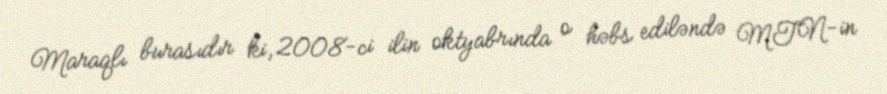
Maraqlı burasıdır ki, 2008-ci ilin oktyabrında o həbs ediləndə MTN-in